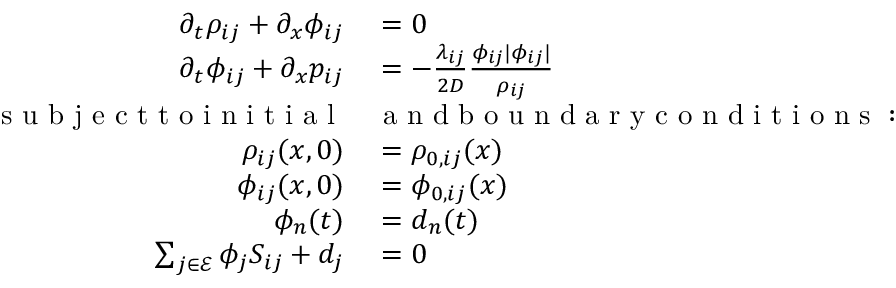
\begin{array} { r l } { \partial _ { t } \rho _ { i j } + \partial _ { x } \phi _ { i j } } & { { } = 0 } \\ { \partial _ { t } \phi _ { i j } + \partial _ { x } p _ { i j } } & { { } = - \frac { \lambda _ { i j } } { 2 D } \frac { \phi _ { i j } | \phi _ { i j } | } { \rho _ { i j } } } \\ { \mathrm { ~ s ~ u ~ b ~ j ~ e ~ c ~ t ~ t ~ o ~ i ~ n ~ i ~ t ~ i ~ a ~ l ~ } } & { { } \mathrm { ~ a ~ n ~ d ~ b ~ o ~ u ~ n ~ d ~ a ~ r ~ y ~ c ~ o ~ n ~ d ~ i ~ t ~ i ~ o ~ n ~ s ~ : ~ } } \\ { \rho _ { i j } ( x , 0 ) } & { { } = \rho _ { 0 , i j } ( x ) } \\ { \phi _ { i j } ( x , 0 ) } & { { } = \phi _ { 0 , i j } ( x ) } \\ { \phi _ { n } ( t ) } & { { } = d _ { n } ( t ) } \\ { \sum _ { j \in \mathcal { E } } \phi _ { j } S _ { i j } + d _ { j } } & { { } = 0 } \end{array}